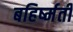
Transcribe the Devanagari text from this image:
बहिर्ष्मती